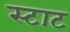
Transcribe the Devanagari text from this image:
स्टाट